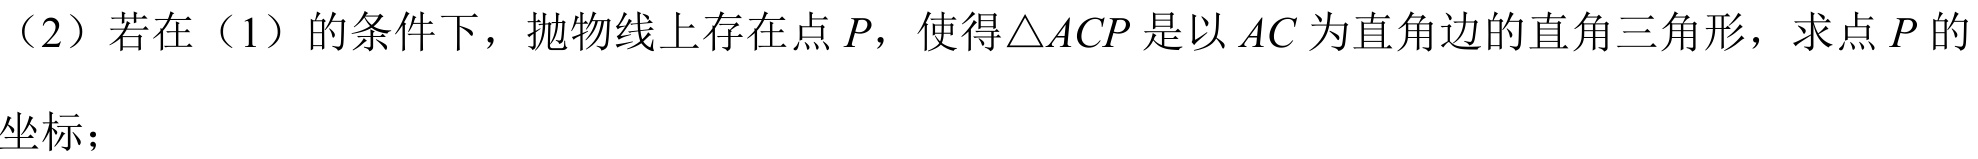
（2）若在（1）的条件下，抛物线上存在点\(P\)，使得\(\triangle ACP\)是以\(AC\)为直角边的直角三角形，求点\(P\)的坐标；